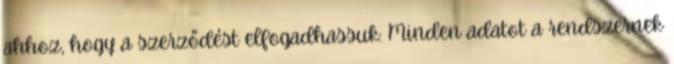
ahhoz, hogy a szerződést elfogadhassuk: Minden adatot a rendszernek